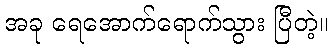
အခု ရေအောက်ရောက်သွား ပြီတဲ့။